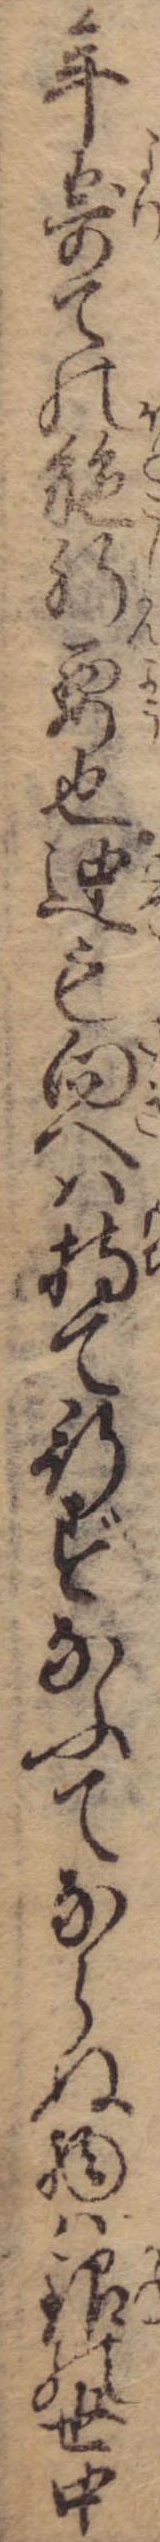
年寄ての施肝要也迚も向へは持て行ずなふてならぬ物は銀の世中